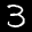
Label: 3